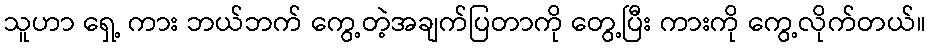
သူဟာ ရှေ့ ကား ဘယ်ဘက် ကွေ့တဲ့အချက်ပြတာကို တွေ့ပြီး ကားကို ကွေ့လိုက်တယ်။